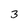
Character: 3